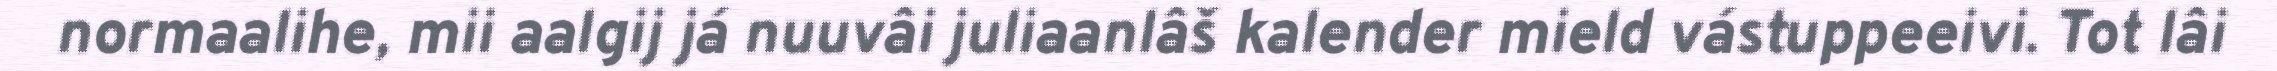
normaalihe, mii aalgij já nuuvâi juliaanlâš kalender mield vástuppeeivi. Tot lâi